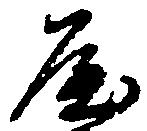
屋